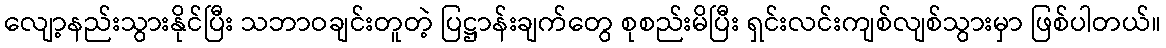
လျော့နည်းသွားနိုင်ပြီး သဘာဝချင်းတူတဲ့ ပြဋ္ဌာန်းချက်တွေ စုစည်းမိပြီး ရှင်းလင်းကျစ်လျစ်သွားမှာ ဖြစ်ပါတယ်။